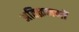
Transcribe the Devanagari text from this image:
अतिक्रमणों